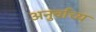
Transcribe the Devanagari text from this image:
अनुर्वाच्य